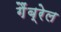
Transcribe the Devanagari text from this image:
गैंब्रेल